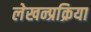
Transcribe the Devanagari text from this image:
लेखन्प्रक्रिया